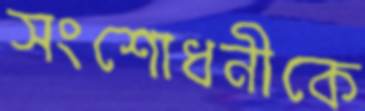
সংশোধনীকে